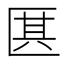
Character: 𠥊